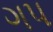
ગપ